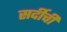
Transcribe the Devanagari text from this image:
सर्दीची